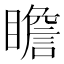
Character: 瞻